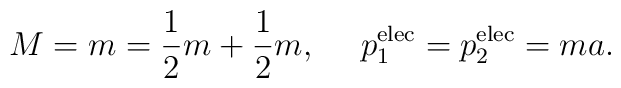
M=m={1\over 2}m+{1\over 2}m,\ \ \ \ p^{\rm elec}_1=p^{\rm elec}_2=ma.